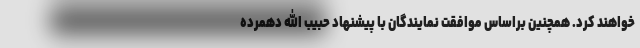
خواهند کرد. همچنین براساس موافقت نمایندگان با پیشنهاد حبیب الله دهمرده